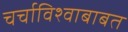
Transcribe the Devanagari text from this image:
चर्चाविश्वाबाबत